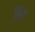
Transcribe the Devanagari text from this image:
ढिड्